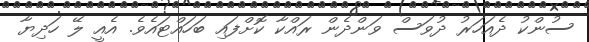
ސުންކު ދެއަހަރު ދުވަސް ވަންދެން ރައްކާ ކޮށްފައި ބަހައްޓައެވެ. އެއީ ލޭ ހަދިޔާ